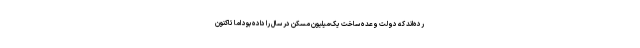
رده‌اند که دولت وعده ساخت یک‌میلیون مسکن در سال را داده بود اما تاکنون